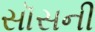
સૉસની